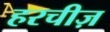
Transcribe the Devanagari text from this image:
हरचीज़